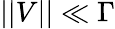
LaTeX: ||V||\ll\Gamma